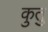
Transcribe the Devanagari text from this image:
कुतु